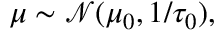
\mu \sim { \mathcal { N } } ( \mu _ { 0 } , 1 / \tau _ { 0 } ) ,